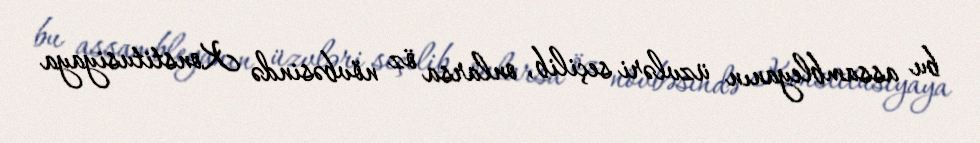
bu assambleyanın üzvləri seçilib, onlarsa öz növbəsində Konstitusiyaya